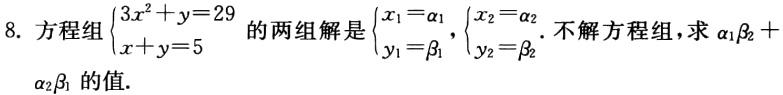
8. 方程组$\begin{cases}3x^{2}+y = 29\\x + y = 5\end{cases}$的两组解是$\begin{cases}x_{1}=\alpha_{1}\\y_{1}=\beta_{1}\end{cases}$，$\begin{cases}x_{2}=\alpha_{2}\\y_{2}=\beta_{2}\end{cases}$. 不解方程组，求$\alpha_{1}\beta_{2}+\alpha_{2}\beta_{1}$的值.